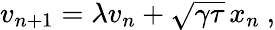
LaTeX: v_{n+1}=\lambda v_{n}+\sqrt{\gamma\tau}\, x_{n}\ ,